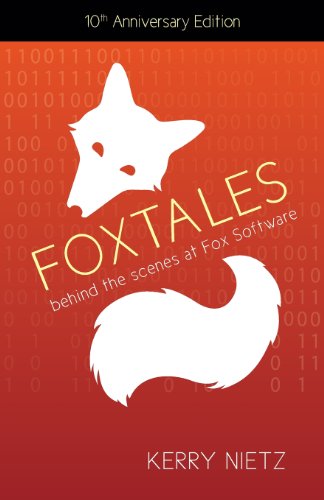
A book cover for FoxTales: Behind the Scenes at Fox Software; Kerry Nietz; Computers & Technology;